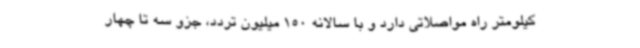
کیلومتر راه مواصلاتی دارد و با سالانه 150 میلیون تردد، جزو سه تا چهار